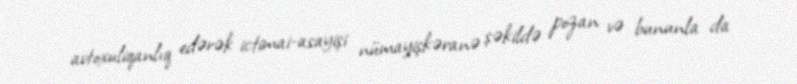
avtoxuliqanlıq edərək ictimai-asayişi nümayişkəranə şəkildə pozan və bununla da